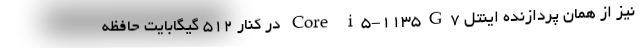
نیز از همان پردازنده اینتل Core i5-1135G7 در کنار ۵۱۲ گیگابایت حافظه